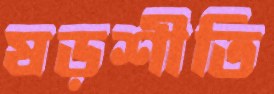
ষড়শীতি